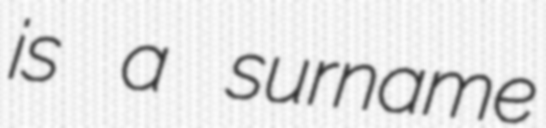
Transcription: is a surname